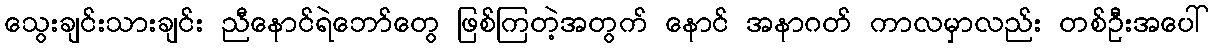
သွေးချင်းသားချင်း ညီနောင်ရဲဘော်တွေ ဖြစ်ကြတဲ့အတွက် နောင် အနာဂတ် ကာလမှာလည်း တစ်ဦးအပေါ်